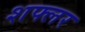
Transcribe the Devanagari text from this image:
शफ्लर